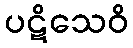
ပဋိသေဝိ